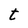
Character: t